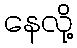
နေလို့